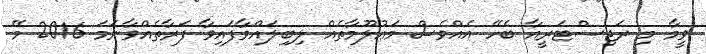
ވީމާ މި ރަޖިސްޓަރީއާ ބެހޭ އެއްވެސް މަޢުލޫމާތެއް ލިބިލައްވާފައިވާ ފަރާތެއްވާނަމަ 2016 މޭ